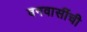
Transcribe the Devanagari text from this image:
वनवासींची